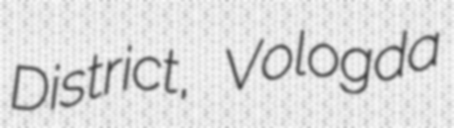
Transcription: District, Vologda